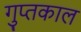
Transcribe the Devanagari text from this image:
गुप्‍तकाल